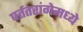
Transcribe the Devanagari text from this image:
पर्ततरांगेमध्ये